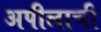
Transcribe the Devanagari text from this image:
अपीलाची